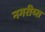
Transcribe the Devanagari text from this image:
नगरीय्स